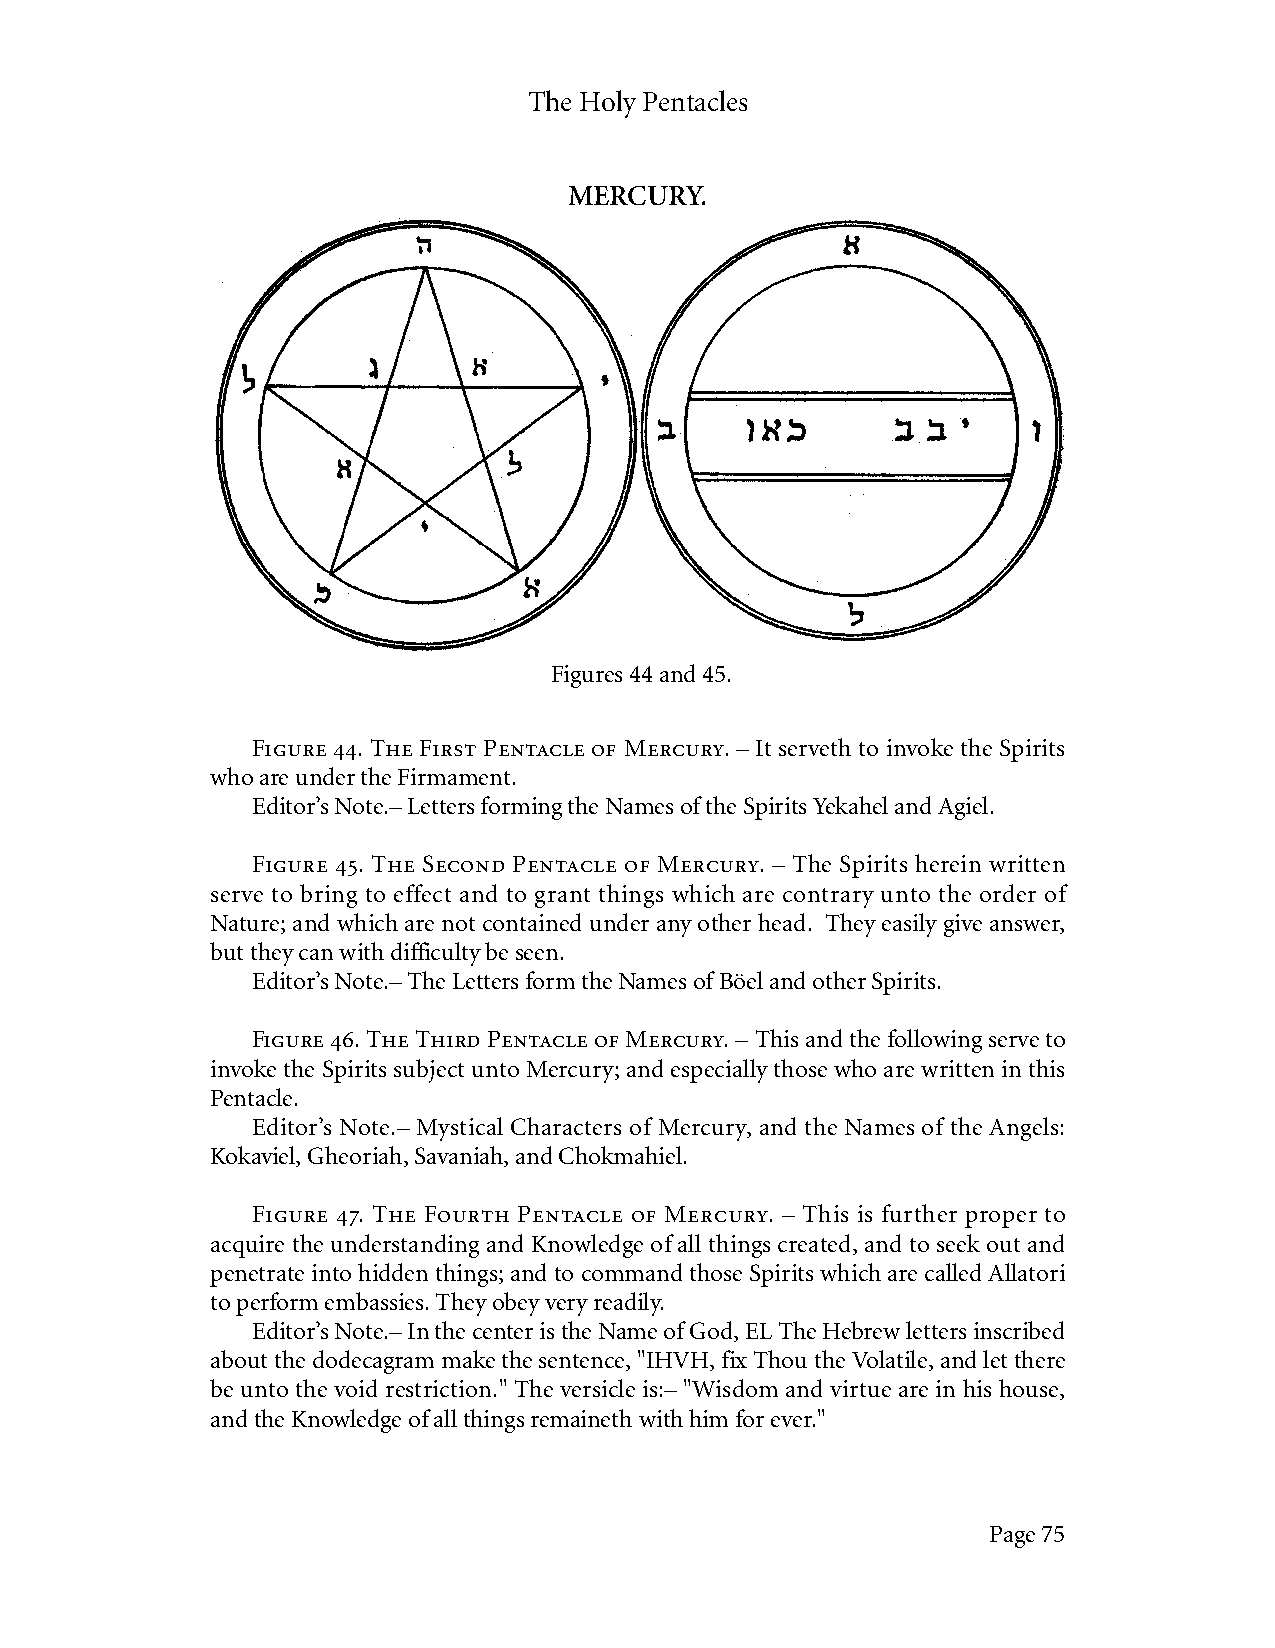
The Holy Pentacles
 MERCURY.
 Figures 44 and 45.
 Figure 44. The First Pentacle of Mercury. – It serveth to invoke the Spirits
 who are under the Firmament.
 Editor’s Note.– Letters forming the Names of the Spirits Yekahel and Agiel.
 Figure 45. The Second Pentacle of Mercury. – The Spirits herein written
 serve to bring to effect and to grant things which are contrary unto the order of
 Nature; and which are not contained under any other head. They easily give answer,
 but they can with difficulty be seen.
 Editor’s Note.– The Letters form the Names of Böel and other Spirits.
 Figure 46. The Third Pentacle of Mercury. – This and the following serve to
 invoke the Spirits subject unto Mercury; and especially those who are written in this
 Pentacle.
 Editor’s Note.– Mystical Characters of Mercury, and the Names of the Angels:
 Kokaviel, Gheoriah, Savaniah, and Chokmahiel.
 Figure 47. The Fourth Pentacle of Mercury. – This is further proper to
 acquire the understanding and Knowledge of all things created, and to seek out and
 penetrate into hidden things; and to command those Spirits which are called Allatori
 to perform embassies. They obey very readily.
 Editor’s Note.– In the center is the Name of God, EL The Hebrew letters inscribed
 about the dodecagram make the sentence, "IHVH, fix Thou the Volatile, and let there
 be unto the void restriction." The versicle is:– "Wisdom and virtue are in his house,
 and the Knowledge of all things remaineth with him for ever."
 Page 75